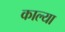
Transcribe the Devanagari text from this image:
काल्या